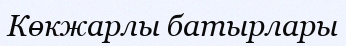
Көкжарлы батырлары